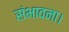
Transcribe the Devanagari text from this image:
संभावना।